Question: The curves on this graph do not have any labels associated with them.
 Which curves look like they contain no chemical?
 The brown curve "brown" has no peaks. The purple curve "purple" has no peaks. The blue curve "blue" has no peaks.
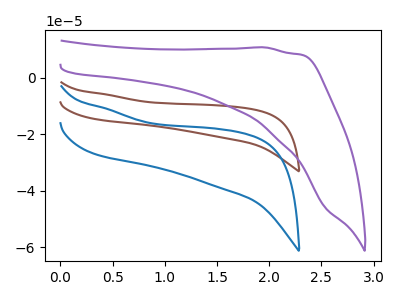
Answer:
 <answer>"brown", "purple" and "blue" are likely to be blanks.</answer>
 <eval>"brown", "purple", "blue"</eval>